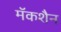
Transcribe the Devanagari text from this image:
मॅकशैन